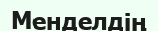
Менделдің